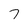
Character: 7